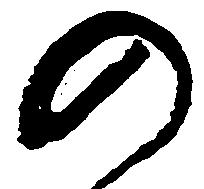
の